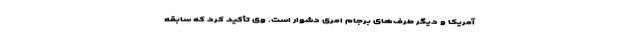
آمریکا و دیگر طرف‌های برجام امری دشوار است. وی تأکید کرد که سابقه